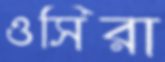
ওসিরা